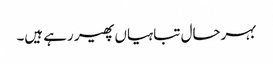
بہرحال تباہیاں پھیر رہے ہیں۔